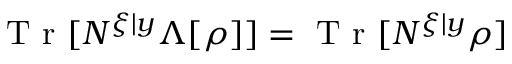
\mathrm { ~ T ~ r ~ } [ N ^ { \xi | y } \Lambda [ \rho ] ] = \mathrm { ~ T ~ r ~ } [ N ^ { \xi | y } \rho ]